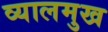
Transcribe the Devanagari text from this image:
व्यालमुख